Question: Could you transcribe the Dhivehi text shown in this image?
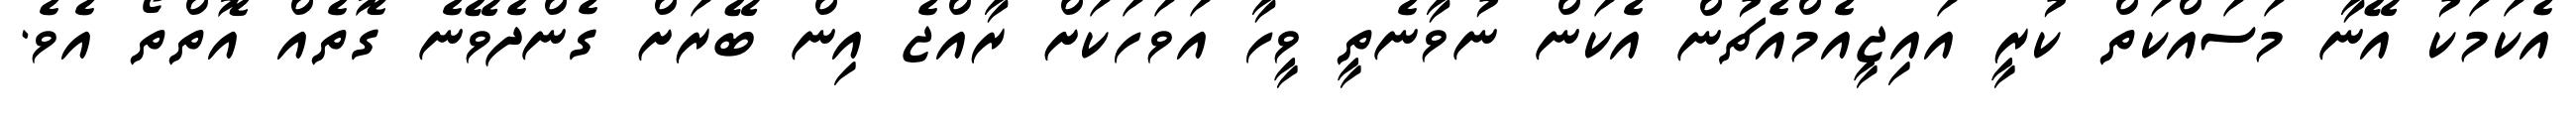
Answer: އެކަމަކު އޭނާ މަސައްކަތް ކުރީ އައިޖީއެމްއެޗުން އެކަން ނުވާނެތީ ވީހާ އަވަހަކަށް ރާއްޖެ އިން ބޭރަށް ގެންދެވޭނެ ގޮތެއް އޮތްތޯ އެވެ.